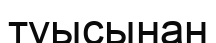
туысынан